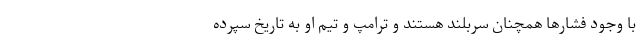
با وجود فشارها همچنان سربلند هستند و ترامپ و تیم او به تاریخ سپرده